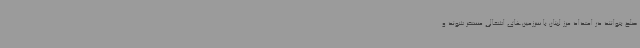
صلح بتوانند در امتداد مرز لبنان با سرزمین‌های اشغالی مستقر شوند و